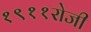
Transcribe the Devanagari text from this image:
१९११रोजी